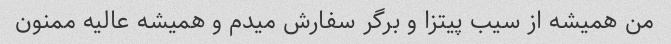
من همیشه از سیب پیتزا و برگر سفارش میدم و همیشه عالیه ممنون